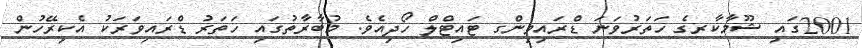
2001ގަައި ޝޫމާކާރގެ ހަތަރުވަނަ ޑްރައިވިންގ ޓައިޓްލް ހޯދިއެވެ. މުބާރާތުގައި ހަތަރު ޑްރައިވަރަކު އެކިރޭހުން